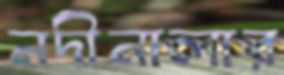
নদীনালার